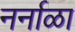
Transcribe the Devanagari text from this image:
नर्नाळा